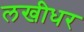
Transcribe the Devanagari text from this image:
लखीधर